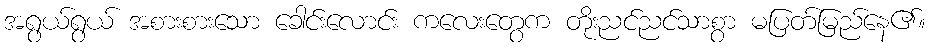
အရွယ်ရွယ် အစားစားသော ခေါင်းလောင်း ကလေးတွေက တိုးညင်ညင်သာစွာ မပြတ်မြည်နေ၏။